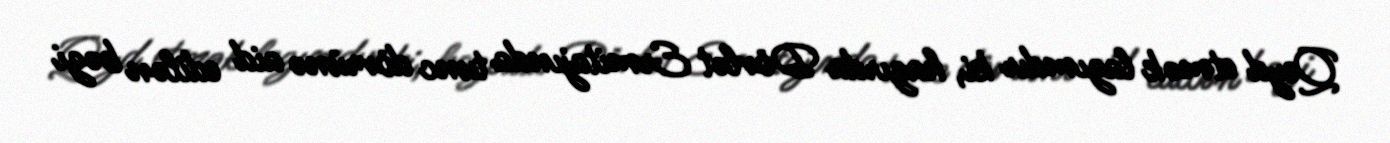
Qeyd etmək lazımdır ki, hazırda Dövlət Ermitajında tunc dövrünə aid edilən bəzi